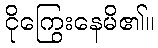
ငိုကြွေးနေမိ၏။